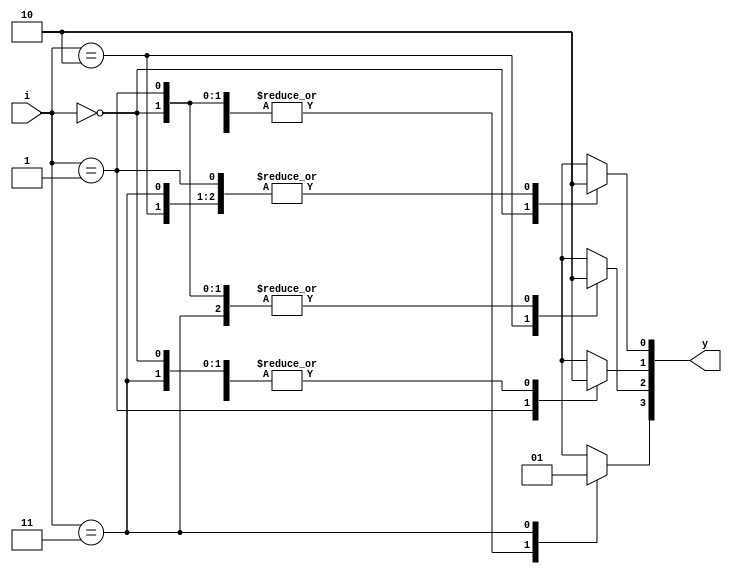
`timescale 1ns / 1ps

module decoder_2_4(
    input [1:0] i,
   	output reg[3:0] y);
	always@(i)
		begin
		y=0;
			case(i)	
					2'b00 : y[0] = 1'b1;
					2'b01 : y[1] = 1'b1;
					2'b10 : y[2] = 1'b1;
					2'b11 : y[3] = 1'b1;
			endcase
		end	
endmodule

module decoder_and(
    input a,b,
    output and_g 
    );
    wire [3:0]w;
    decoder_2_4 andgate({a,b}, w);
    assign and_g= w[3];
endmodule